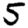
Digit: 5